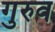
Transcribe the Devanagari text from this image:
गुरुव